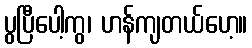
ပွပြီပေါ့ကွ၊ ဟန်ကျတယ်ဟေ့။